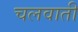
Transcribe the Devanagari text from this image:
चलवाती